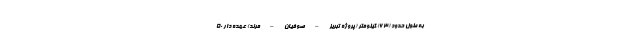
به طول حدود (۶۳) کیلومتر (پروژه تبریز – صوفیان – مرند) عهده دار ۵۰